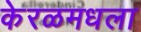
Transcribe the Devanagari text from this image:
केरळमधला